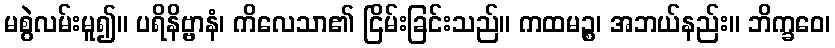
မစွဲလမ်းမူ၍။ ပရိနိဗ္ဗာနံ၊ ကိလေသာ၏ ငြိမ်းခြင်းသည်။ ကထမဉ္စ၊ အဘယ်နည်း။ ဘိက္ခဝေ၊